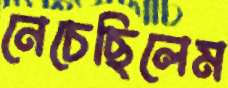
নেচেছিলেম